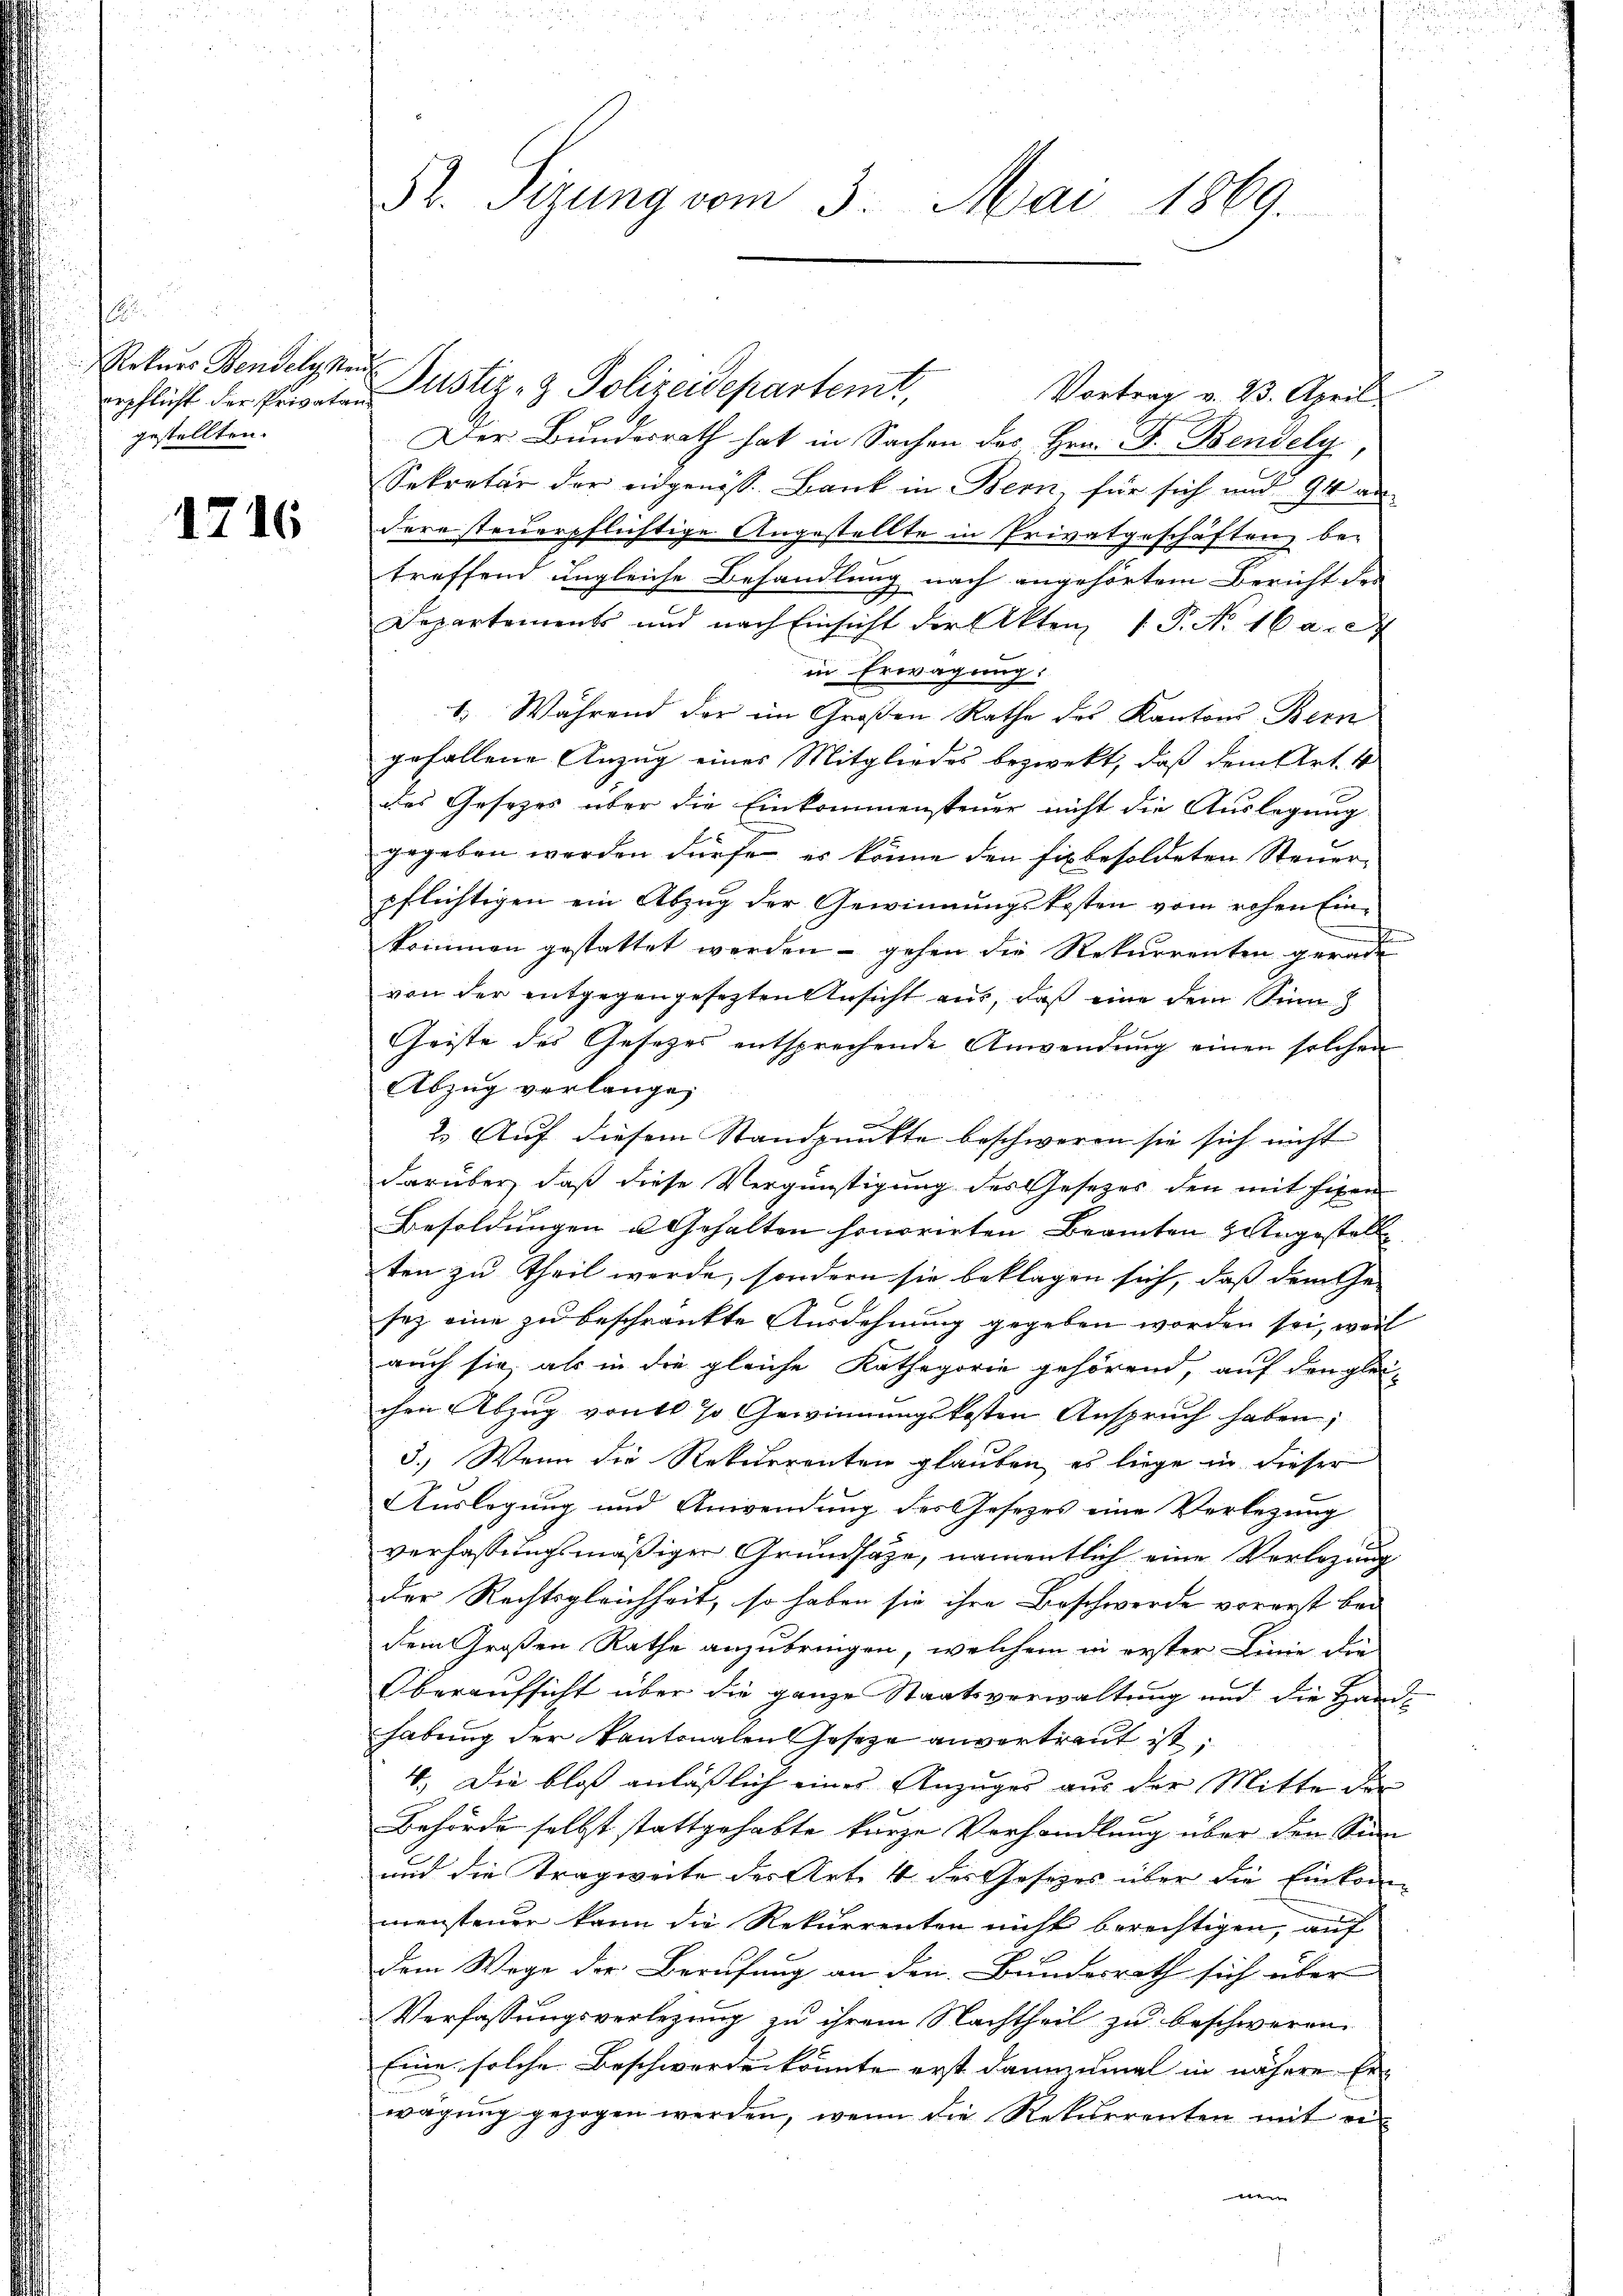
i
eepflicht der Privatan
gestellten.

1716

S. Tizung vom 3. Mai 1869.

Rotars Bandelger Justiz- & Polizeidepartemt,
Vortrag v. 23. April
Der Bundesrath hat in Sachen des Hrn. F. Bendely
Sekretär der eidgenöss. Bank in Bern, für sich und 94 andere steuerpflichtige Angestellte in Privatgeschäften be-
treffend ungleiche Behandlung nach angehörtem Bericht des
Departements und nach Einsicht der Akten 1. P. Nr. 16 a.c
in Erwägung.
1. Während der im Großen Rathe des Kantons Bern
gefallene Anzug eines Mitgliedes bezwekt, daß dem Art. 4
des Gesezes über die Einkommensteuer nicht die Auslegung
gegeben werden dürfe, es könne den fix besoldeten Steuerpflichtigen ein Abzug der Gewinnungskosten vom rohen Einkommen gestattet werden – gehen die Rekurrenten gericht
von der entgegengesezten Ansicht aus, daß eine dem Sinn
Geiste des Gesetzes entsprechende Anwendung einen solchen
Abzug verlange,
2. Auf diesem Standpunkte beschweren sie sich nicht
darüber, daß diese Vergünstigung des Gesetzes den mit Eigen
Besoldungen u Gehalten honorirten Beamten zugestell
ten zu Theil werde, sondern sie beklagen sich, dass dem Ge-
sez eine zu beschränkte Ausdehnung gegeben worden sei, weil
auch sie, als in die gleiche Kathegorie gehörend, auf den glei-
chen Abzug von 10 % Gewinnungskosten Anspruch haben;
3.) Wenn die Rekurrenten glauben, es liege in dieser
Auslegung und Anwendung des Gesezes eine Verlegung
verfassungsmäßiger Grundsätze, namentlich eine Verlegung
der Rechtsgleichheit, so haben sie ihre Beschwerde vorerst bei
dem Großen Rathe anzubringen, welchem in erster Linie die
Oberaufsicht über die ganze Staatsverwaltung und die Hand-
habung der Kantonalen Gesetze anvertraut ist:
4. Die bloß anläßlich einer Anzüger aus der Mitte der
Behörde selbst stattgehabte kurze Vorhandlung über den Sinn
und die Tragweite des Art. 4 des Gesezes über die Einkommensteuer kann die Rekurrenten nicht berechtigen, auf
dem Wege der Berufung an den Bundesrath sich über
Verfassungsverlegung zu ihrem Nachtheil zu beschweren,
Eine solche Beschwerden könnte erst dannzumal in nähere Erwägung gezogen werden, wenn die Rekurrenten mit einei